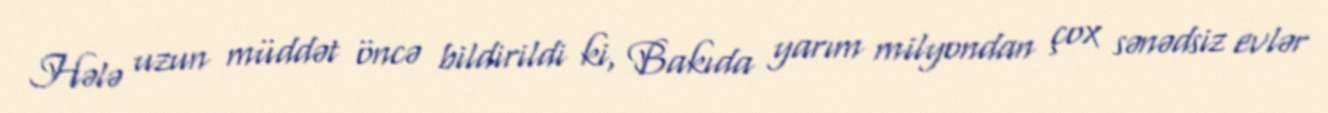
Hələ uzun müddət öncə bildirildi ki, Bakıda yarım milyondan çox sənədsiz evlər